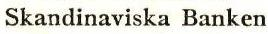
Skandinaviska Banken